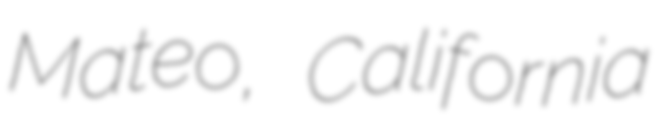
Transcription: Mateo, California